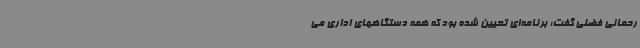
رحمانی فضلی گفت: برنامه‌ای تعیین شده بود که همه دستگاههای اداری می